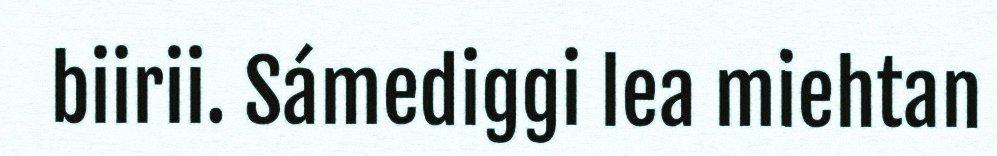
biirii. Sámediggi lea miehtan